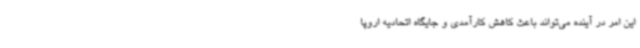
این امر در آینده می‌تواند باعث کاهش کارآمدی و جایگاه اتحادیه اروپا